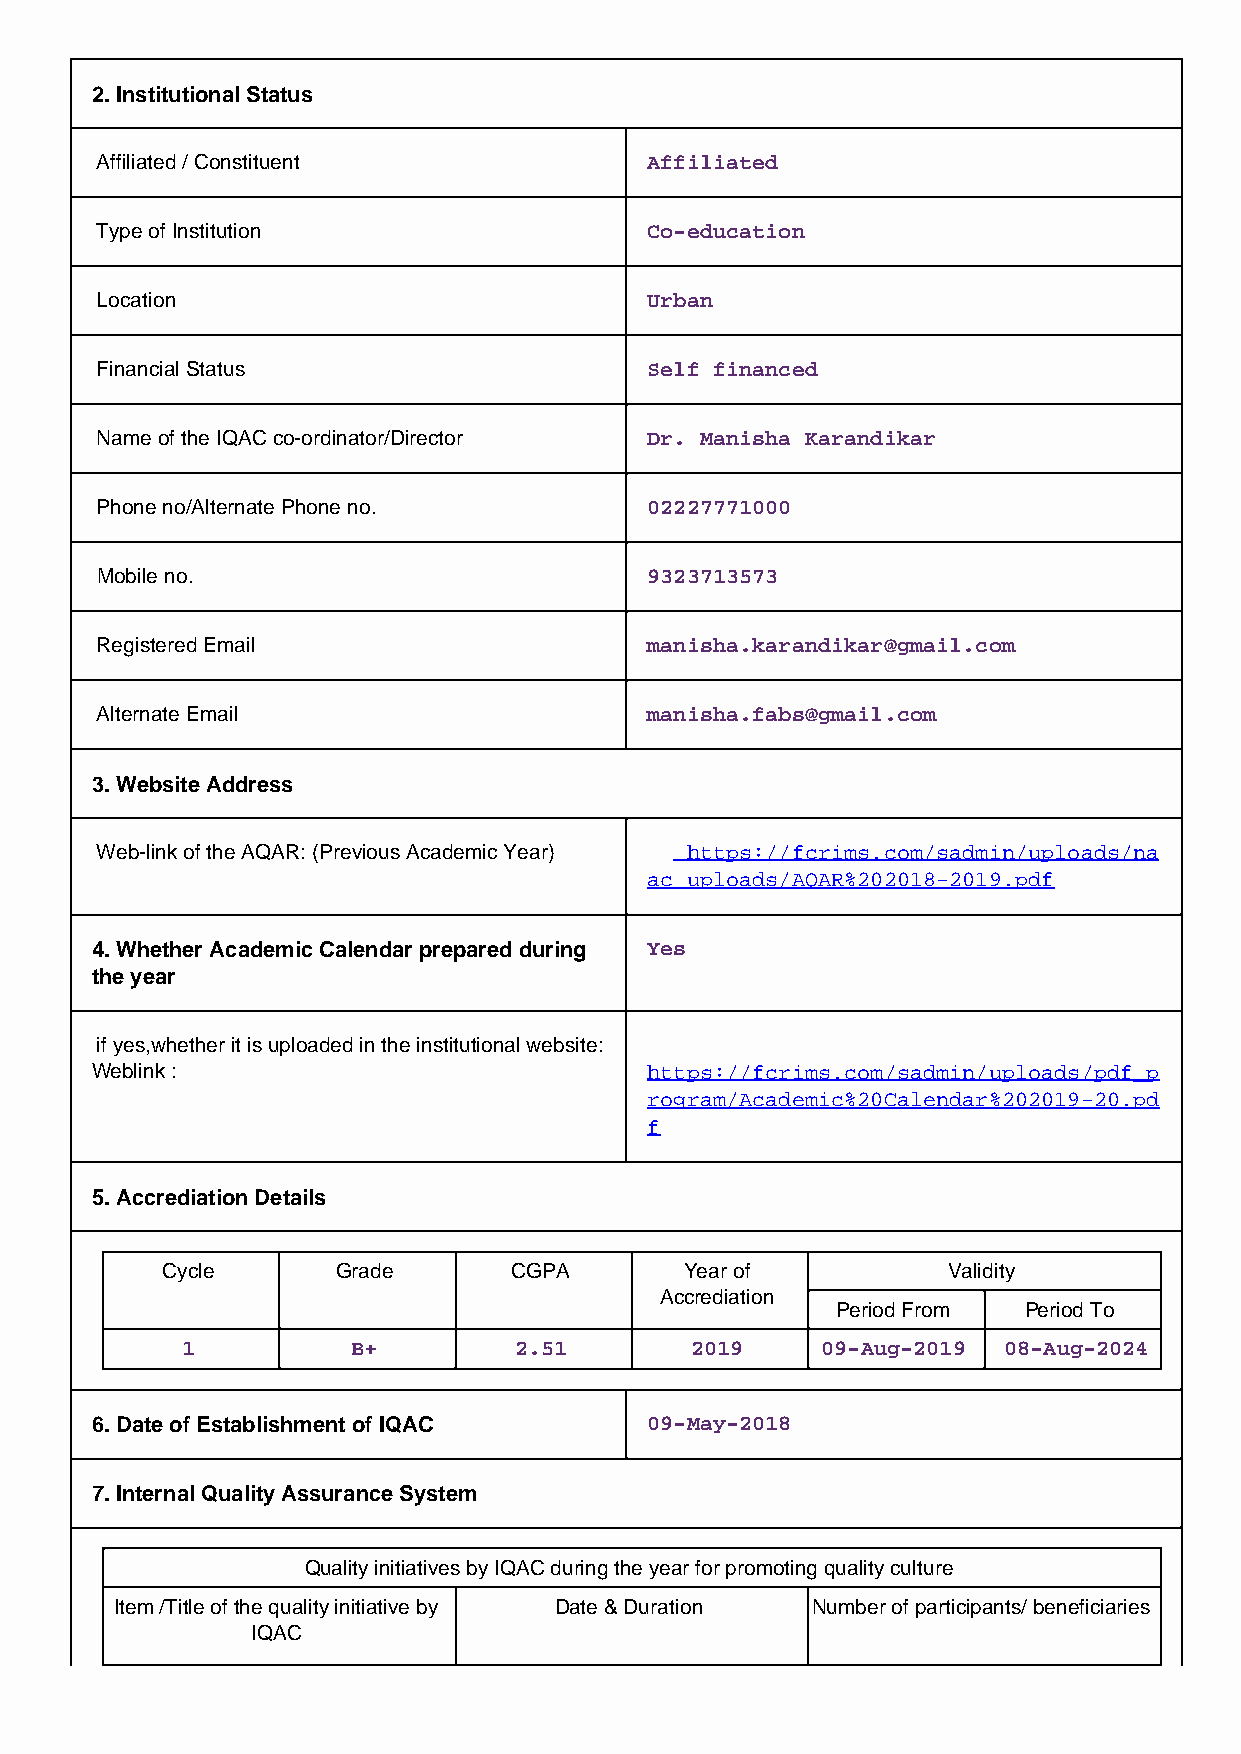
2. Institutional Status
 Affiliated / Constituent             Affiliated
 Type of Institution                  Co-education
 Location                             Urban
 Financial Status                     Self financed
 Name of the IQAC co-ordinator/Director Dr. Manisha Karandikar
 Phone no/Alternate Phone no.         02227771000
 Mobile no.                           9323713573
 Registered Email                     manisha.karandikar@gmail.com
 Alternate Email                      manisha.fabs@gmail.com
 3. Website Address
 Web-link of the AQAR: (Previous Academic Year) https://fcrims.com/sadmin/uploads/na
 ac_uploads/AQAR%202018-2019.pdf
 4. Whether Academic Calendar prepared during Yes
 the year
 if yes,whether it is uploaded in the institutional website:
 Weblink :                            https://fcrims.com/sadmin/uploads/pdf_p
 rogram/Academic%20Calendar%202019-20.pd
 f
 5. Accrediation Details
 Cycle      Grade       CGPA       Year of           Validity
 Accrediation
 Period From  Period To
 1          B+         2.51        2019    09-Aug-2019 08-Aug-2024
 6. Date of Establishment of IQAC     09-May-2018
 7. Internal Quality Assurance System
 Quality initiatives by IQAC during the year for promoting quality culture
 Item /Title of the quality initiative by Date & Duration Number of participants/ beneficiaries
 IQAC